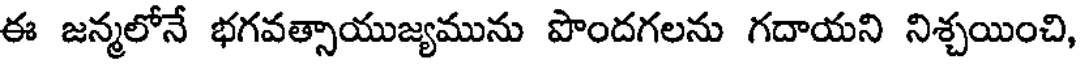
ఈ జన్మలోనే భగవత్సాయుజ్యమును పొందగలను గదాయని నిశ్చయించి,